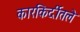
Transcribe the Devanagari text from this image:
कारकिर्दीतले